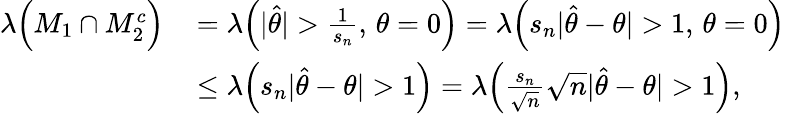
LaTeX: \begin{array}{rl}{\lambda\Big(M_{1}\cap M_{2}^{c}\Big)\thinspace}&{=\lambda\Big(|{\hat{\theta}}|>\frac{1}{s_{n}},\thinspace\theta=0\Big)=\lambda\Big(s_{n}|{\hat{\theta}-\theta}|>1,\thinspace\theta=0\Big)}\\ &{\leq\lambda\Big(s_{n}|{\hat{\theta}-\theta}|>1\Big)=\lambda\Big(\frac{s_{n}}{\sqrt{n}}\sqrt{n}|{\hat{\theta}-\theta}|>1\Big),}\end{array}